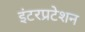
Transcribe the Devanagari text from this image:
इंटरप्रटेशन